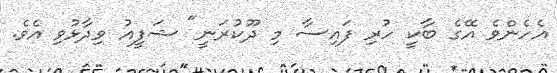
އެހެންވެ އޭގެ ބާކީ ހުރި ފައިސާ މި ދޫކުރަނީ" ޝަފީއު ވިދާޅުވި އެވެ.